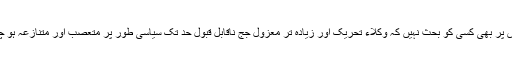
بنا بریںاس پر بھی کسی کو بحث نہیں کہ وکلاء تحریک اور زیادہ تر معزول جج ناقابل قبول حد تک سیاسی طور پر متعصب اور متنازعہ ہو چکے ہیں ۔